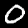
Digit: 0